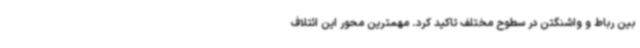
بین رباط و واشنگتن در سطوح مختلف تاکید کرد. مهمترین محور این ائتلاف